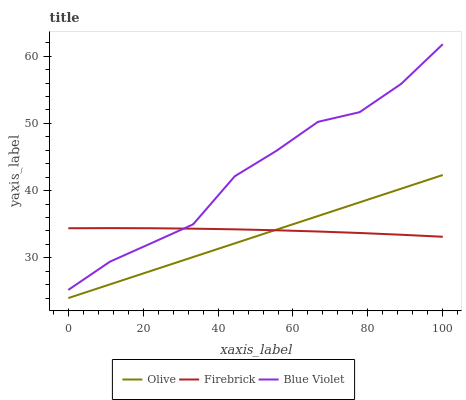
| xaxis_label | Olive | Firebrick | Blue Violet |
 | --- | --- | --- | --- |
 | 0 | 24 | 34.4 | 25.2 |
 | 11.1 | 26 | 34.4 | 29.4 |
 | 22.2 | 28.1 | 34.4 | 32.2 |
 | 33.3 | 30.1 | 34.3 | 35 |
 | 44.4 | 32.1 | 34.2 | 42.1 |
 | 55.6 | 34.2 | 34.1 | 45.9 |
 | 66.7 | 36.2 | 33.9 | 50.2 |
 | 77.8 | 38.2 | 33.7 | 51.7 |
 | 88.9 | 40.3 | 33.4 | 55.9 |
 | 100 | 42.3 | 33.1 | 61.8 |